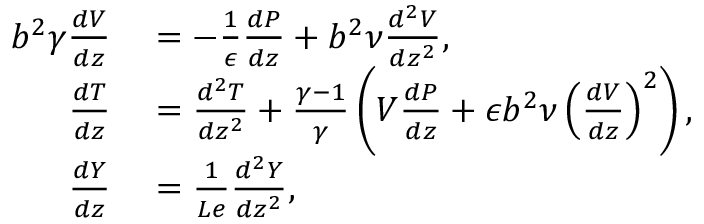
\begin{array} { r l } { b ^ { 2 } \gamma \frac { d V } { d z } } & { { } = - \frac { 1 } { \epsilon } \frac { d P } { d z } + b ^ { 2 } \nu \frac { d ^ { 2 } V } { d z ^ { 2 } } , } \\ { \frac { d T } { d z } } & { { } = \frac { d ^ { 2 } T } { d z ^ { 2 } } + \frac { \gamma - 1 } { \gamma } \left( V \frac { d P } { d z } + \epsilon b ^ { 2 } \nu \left( \frac { d V } { d z } \right) ^ { 2 } \right) , } \\ { \frac { d Y } { d z } } & { { } = \frac { 1 } { L e } \frac { d ^ { 2 } Y } { d z ^ { 2 } } , } \end{array}